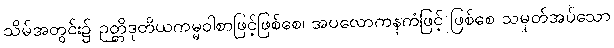
သိမ်အတွင်း၌ ဉတ္တိဒုတိယကမ္မဝါစာဖြင့်ဖြစ်စေ၊ အပလောကနကံဖြင့် ဖြစ်စေ သမုတ်အပ်သော